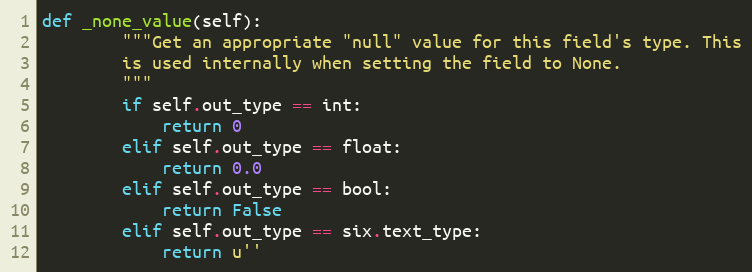
Language: Python
def _none_value(self):
        """Get an appropriate "null" value for this field's type. This
        is used internally when setting the field to None.
        """
        if self.out_type == int:
            return 0
        elif self.out_type == float:
            return 0.0
        elif self.out_type == bool:
            return False
        elif self.out_type == six.text_type:
            return u''